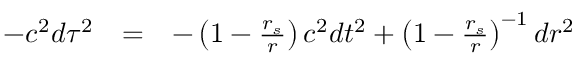
\begin{array} { l l l } { - c ^ { 2 } d \tau ^ { 2 } } & { = } & { - \left( 1 - \frac { r _ { s } } { r } \right) c ^ { 2 } d t ^ { 2 } + \left( 1 - \frac { r _ { s } } { r } \right) ^ { - 1 } d r ^ { 2 } } \end{array}